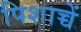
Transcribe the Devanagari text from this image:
पिशाच्चें